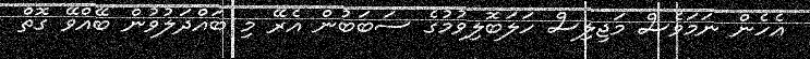
އެހެން ނަމަވެސް މަޖިލިސް ހަލަބޮލިވުމުގެ ސަބަބުން އެރޭ މި ބައްދަލުވުން ބޭއްވޭ ގޮތް